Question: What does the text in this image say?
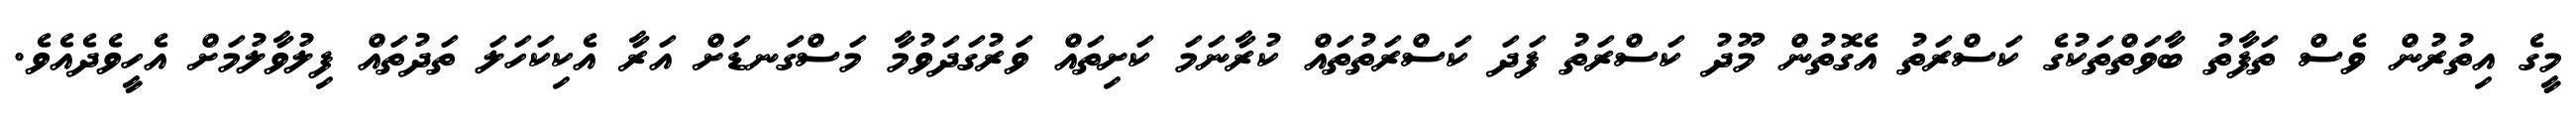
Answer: މީގެ އިތުރުން ވެސް ތަފާތު ބާވަތްތަކުގެ ކަސްރަތު އެގޮތުން މޫދު ކަސްރަތު ފަދަ ކަސްރަތުތައް ކުރާނަމަ ކަށިތައް ވަރުގަދަވުމާ މަސްގަނޑަށް އަރާ އެކިކަހަލަ ތަދުތައް ފިލުވާލުމަށް އެހީވެދެއެވެ.